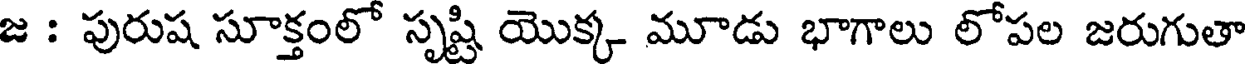
జ : పురుష సూక్తంలో సృష్టి యొక్క మూడు భాగాలు లోపల జరుగుతా